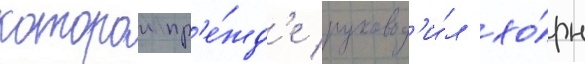
которои пр'е́жд'е руковод'и́л хо́рн